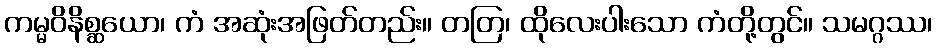
ကမ္မဝိနိစ္ဆယော၊ ကံ အဆုံးအဖြတ်တည်း။ တတြ၊ ထိုလေးပါးသော ကံတို့တွင်။ သမဂ္ဂဿ၊